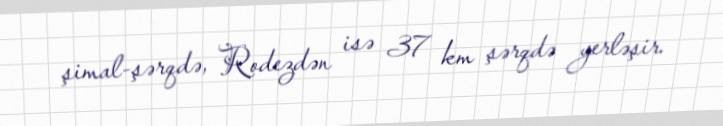
şimal-şərqdə, Rodezdən isə 37 km şərqdə yerləşir.